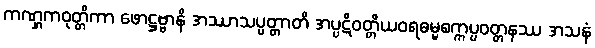
ကဏ္ဋကဝုတ္တိကာ ဖောဋ္ဌဗ္ဗာနိ အဿာသပ္ပတ္တာတိ အပ္ပဋိဝတ္တိယဝရဓမ္မစက္ကပ္ပဝတ္တနဿ အသနံ